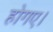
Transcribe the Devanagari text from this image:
होगए।